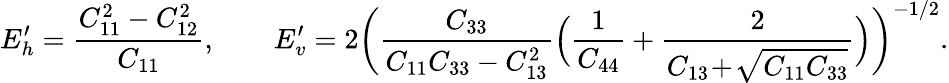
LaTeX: E_{h}^{\prime}=\frac{C_{11}^{2}-C_{12}^{2}}{C_{11}},\qquad E_{v}^{\prime}=2\biggl(\frac{C_{33}}{C_{11}C_{33}-C_{13}^{2}}\Bigl(\frac{1}{C_{44}}+\frac{2}{C_{13}\! +\! \sqrt{C_{11}C_{33}}}\Bigr)\biggr)^{-1/2}.